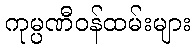
ကုမ္ပဏီဝန်ထမ်းများ